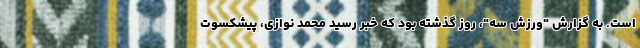
است. به گزارش "ورزش سه"، روز گذشته بود که خبر رسید محمد نوازی، پیشکسوت